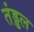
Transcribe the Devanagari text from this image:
तंड्डल